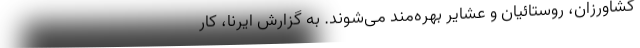
کشاورزان، روستائیان و عشایر بهره‌مند می‌شوند. به گزارش ایرنا، کار